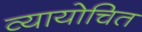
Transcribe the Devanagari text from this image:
व्यायोचित